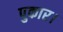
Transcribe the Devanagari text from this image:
पुकार।